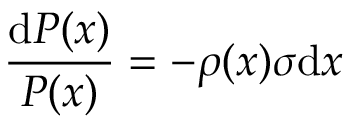
\frac { \mathrm { d } P ( x ) } { P ( x ) } = - \rho ( x ) \sigma \mathrm { d } x